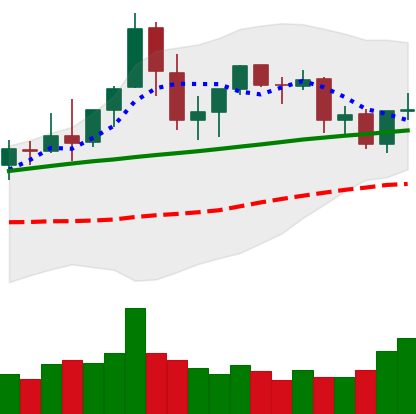
Ticker: ETC-USD
Chart end date: 2021-08-28
Forward return: 5.453%
Label: up_5_7